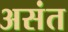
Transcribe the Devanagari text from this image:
असंत